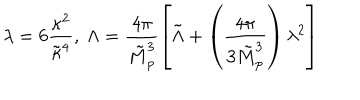
LaTeX: \lambda = 6 \frac { \kappa ^ { 2 } } { \tilde { \kappa } ^ { 4 } } , ~ \Lambda = \frac { 4 \pi } { \tilde { M } _ { p } ^ { 3 } } \left[ \tilde { \Lambda } + \left( \frac { 4 \pi } { 3 \tilde { M } _ { p } ^ { 3 } } \right) \lambda ^ { 2 } \right]